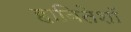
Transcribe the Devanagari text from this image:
हाबितेशॉ